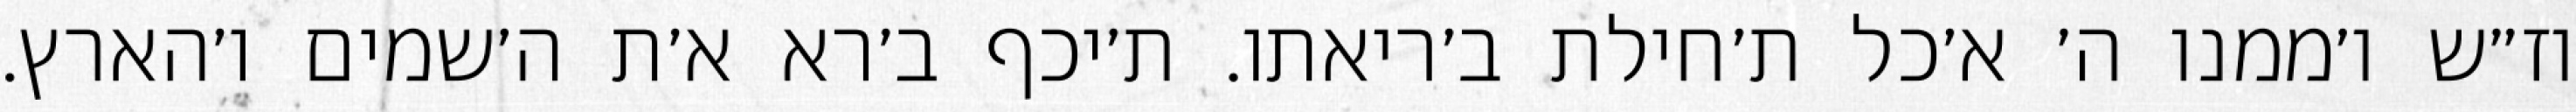
וז״ש ו׳ממנו ה׳ א׳כל ת׳חילת ב׳ריאתו. ת׳יכף ב׳רא א׳ת ה׳שמים ו׳הארץ.